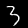
Label: 3